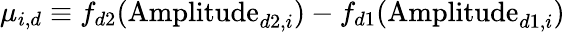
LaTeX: \mu_{i,d}\equiv f_{d2}(\mathrm{Amplitude}_{d2,i})-f_{d1}(\mathrm{Amplitude}_{d1,i})